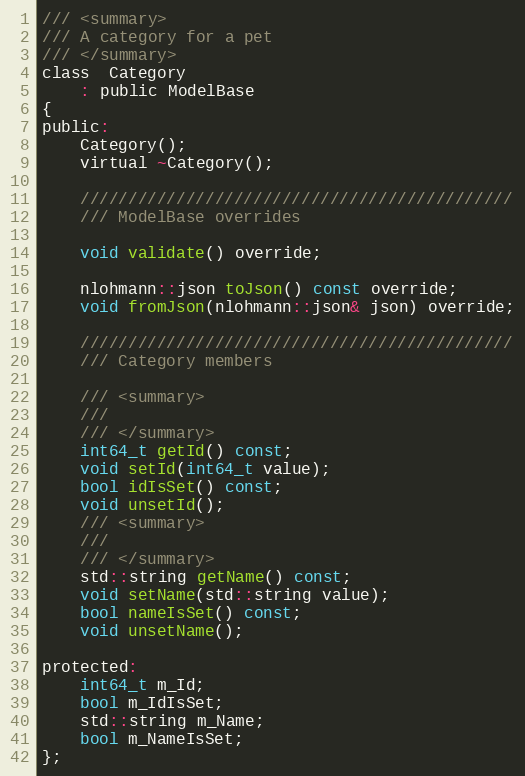
Language: C
/// <summary>
/// A category for a pet
/// </summary>
class  Category
    : public ModelBase
{
public:
    Category();
    virtual ~Category();

    /////////////////////////////////////////////
    /// ModelBase overrides

    void validate() override;

    nlohmann::json toJson() const override;
    void fromJson(nlohmann::json& json) override;

    /////////////////////////////////////////////
    /// Category members

    /// <summary>
    ///
    /// </summary>
    int64_t getId() const;
    void setId(int64_t value);
    bool idIsSet() const;
    void unsetId();
    /// <summary>
    ///
    /// </summary>
    std::string getName() const;
    void setName(std::string value);
    bool nameIsSet() const;
    void unsetName();

protected:
    int64_t m_Id;
    bool m_IdIsSet;
    std::string m_Name;
    bool m_NameIsSet;
};